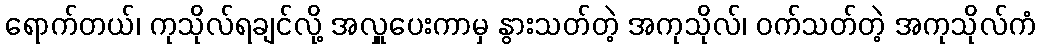
ရောက်တယ်၊ ကုသိုလ်ရချင်လို့ အလှူပေးကာမှ နွားသတ်တဲ့ အကုသိုလ်၊ ဝက်သတ်တဲ့ အကုသိုလ်ကံ